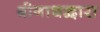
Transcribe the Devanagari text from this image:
श्रीनाथद्वारा